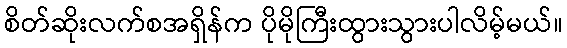
စိတ်ဆိုးလက်စအရှိန်က ပိုမိုကြီးထွားသွားပါလိမ့်မယ်။